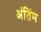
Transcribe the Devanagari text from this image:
अंतिंम